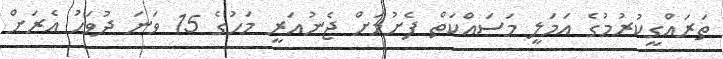
ތަރައްގީކުރުމުގެ އަމަލީ މަސައްކަތް ފެށުމަށް ޖެނުއަރީ މަހުގެ 15 ވަނަ ދުވަހު އެރަށް